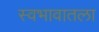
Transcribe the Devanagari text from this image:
स्वभावातला